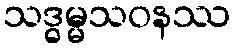
သဒ္ဓမ္မသဝနဿ